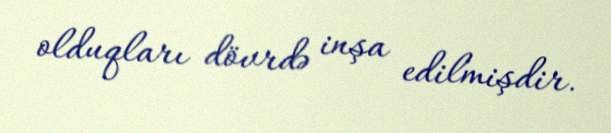
olduqları dövrdə inşa edilmişdir.